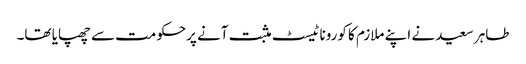
طاہر سعید نے اپنے ملازم کا کورونا ٹیسٹ مثبت آنے پرحکومت سے چھپایا تھا۔